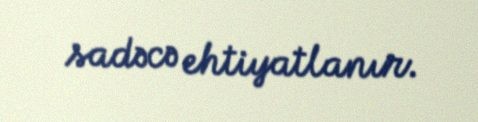
sadəcə ehtiyatlanır.